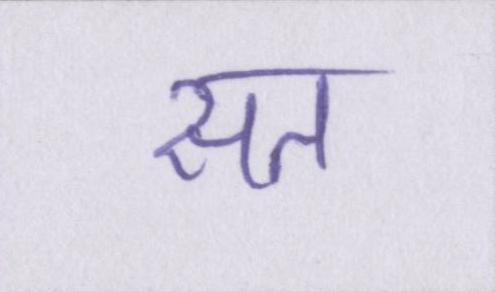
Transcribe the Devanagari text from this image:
सत